Vaccination United Provinces of Agra and Oudh 1914-1922 - 1914-1922
Year: 1914
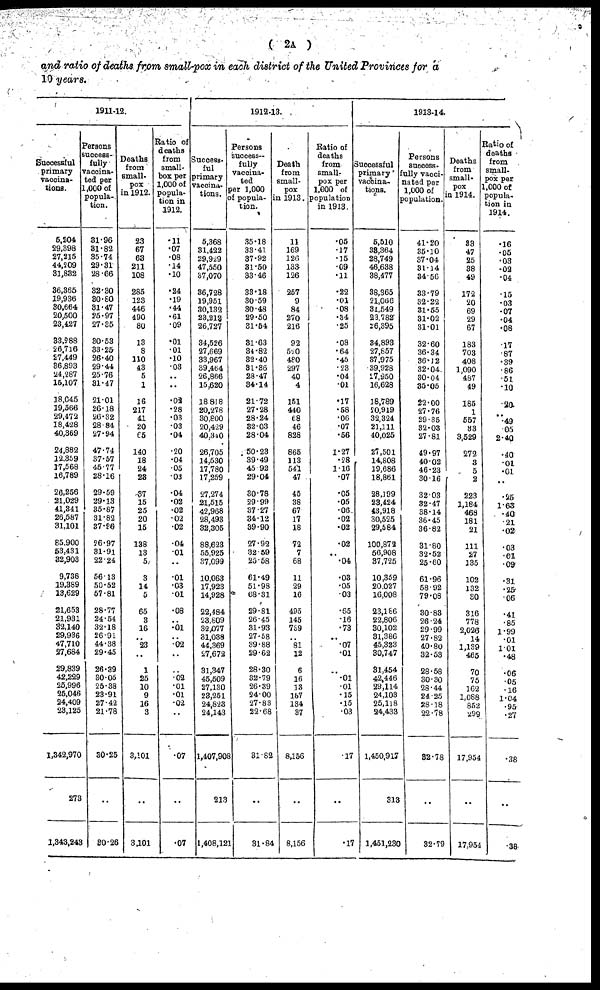
( 2A )
and ratio of deaths from small-pox in each district of the United Provinces for a
10 years.
1911-12.
Successful
primary
vaccina-
tions.
5,204
29,398
27,215
44,209
31,832
36,365
19,936
30,664
20,500
23,427
33,288
26,716
27,449
36,893
24,287
15,107
18,045
19,566
29,472
18,428
40,369
24,882
12,359
17,568
16,789
26,256
21,029
41,341
26,587
31,101
85,900
53,431
32,903
9,738
19,389
13,629
21,653
21,931
32,140
29,936
47,710
27,684
29,839
42,229
25,996
25,046
24,409
23,125
1,342,970
273
1,343,243
Persons
success-
fully
vaccina-
ted per
1,000 of
popula-
tion.
31.96
31.82
35.74
29.31
28.66
32.30
30.80
31.47
25.97
27.35
30.53
33.25
26.40
29.44
25.76
31.47
21.01
26.18
26.32
28.84
27.94
47.74
37.57
45.77
28.16
29.59
29.13
35.87
31.82
37.86
26.97
31.91
22.24
56.13
50.52
57.81
28.77
24.54
32.18
26.91
44.38
29.45
26.39
30.05
25.38
23.91
27.42
21.78
30.25
..
30.26
Deaths
from
small-
pox
in 1912.
23
67
63
211
108
285
123
446
490
80
13
8
110
43
5
1
16
217
41
20
65
140
18
24
23
37
15
25
20
15
138
13
5
3
14
5
65
3
16
..
23
..
1
25
10
9
16
3
3,101
..
3,101
Ratio of
deaths
from
small-
pox per
1,000 of
popula-
tion in
1912.
.11
.07
.08
.14
.10
.24
.19
.44
.61
.09
.01
.01
.10
.03
..
..
.02
.28
.03
.03
.04
.20
.04
.05
.03
.04
.02
.02
.02
.02
.04
.01
..
.01
.03
.01
.08
..
.01
..
.02
..
..
.02
.01
.01
.02
..
.07
..
.07
1912-13.
Success-
ful
primary
vaccina-
tions.
5,368
31,422
29,929
47,550
37,070
36,728
19,951
30,132
23,212
26,727
34,526
27,669
33,967
39,464
26,866
15,620
18,818
20,278
30,800
20,429
40,340
26,705
14,530
17,780
17,259
27,274
21,515
42,968
28,493
32,305
88,623
55,925
37,099
10,063
17,923
14,928
22,484
23,809
32,077
31,038
44,369
27,672
31,347
45,509
27,130
23,251
24,823
24,143
1,407,908
213
1,408,121
Persons
success-
fully
vaccina-
ted
per 1,000
of popula-
tion.
35.18
33.41
37.92
31.50
33.46
33.18
30.59
30.48
29.50
31.54
31.63
34.82
32.40
31.36
28.47
34.14
21.72
27.28
28.24
32.03
28.04
50.23
39.49
45.92
29.04
30.78
29.99
37.27
34.12
39.90
27.92
32.59
25.58
61.49
51.98
68.31
29.81
26.45
31.93
27.58
39.88
29.62
28.30
32.79
26.39
24.00
27.83
22.68
31.82
..
31.84
Death
from
small-
pox
in 1913.
11
169
126
133
126
257
9
84
270
216
92
520
480
297
40
4
151
440
68
46
828
865
113
541
47
45
38
67
17
18
72
7
68
11
29
16
495
145
739
..
81
12
6
16
13
157
134
37
8,156
..
8,156
Ratio of
deaths
from
small-
pox per
1,000 of
population
in 1913.
.05
.17
.15
.09
.11
.22
.01
.08
.34
.25
.08
.64
.45
.23
.04
.01
.17
.58
.06
.07
.56
1.27
.28
1.16
.07
.05
.05
.06
.02
.02
.02
..
.04
.03
.05
.03
.65
.16
.73
..
.07
.01
..
.01
.01
.15
.15
.03
.17
..
.17
1913-14.
Successful
primary
vaccina-
tions.
5,510
33,364
28,749
46,638
38,477
38,365
21,066
31,549
23,782
26,395
34,893
27,857
37,975
39,928
27,950
16,628
18,789
20,919
32,324
21,111
40,025
27,501
14,808
19,686
18,861
28,199
23,424
43,918
30,525
29,584
100,872
56,908
37,725
10,359
20,027
16,008
23,186
22,806
30,102
31,386
45,323
30,747
31,454
42,446
29,114
24,103
25,118
24,433
1,450,917
313
1,451,230
Persons
success-
fully vacci-
nated per
1,000 of
population.
41.20
35.10
37.04
31.14
34.56
33.79
32.22
31.55
31.02
31.01
32.60
36.34
36.12
32.04.
30.04
35.05
22.00
27.76
29.35
32.03
27.81
49.97
40.02
46.23
30.16
32.03
32.47
38.14
36.45
36.82
31.80
32.52
25.60
61.96
58.92
79.08
30.83
26.24
29.99
27.82
40.80
32.53
28.58
30.30
28.44
24.25
28.18
22.78
32.78
..
32.79
Deaths
from
small-
pox
in 1914.
33
47
25
38
49
172
20
69
29
67
183
703
408
1,090
487
49
185
1
557
33
3,529
272
3
5
2
223
1,184
468
181
21
111
27
135
102
132
30
316
778
2,026
14
1,139
465
70
75
162
1,088
852
299
17,954
..
17,954
Ratio of
deaths
from
small-
pox per
1,000 of
popula-
tion in
1914.
.16
.05
.03
.02
.04
.15
.03
.07
.04
.08
17
.87
.39
.86
.51
.10
.20
..
.49
.05
2.40
.40
.01
.01
..
.25
1.63
.40
.21
.02
.03
.01
.09
.31
.25
.06
.41
.85
1.99
.01
1.01
.48
.06
.05
.16
1.04
.95
.27
.38
..
.38